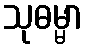
သုဓမ္မာ